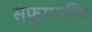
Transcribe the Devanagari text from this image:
स्फूरधारित